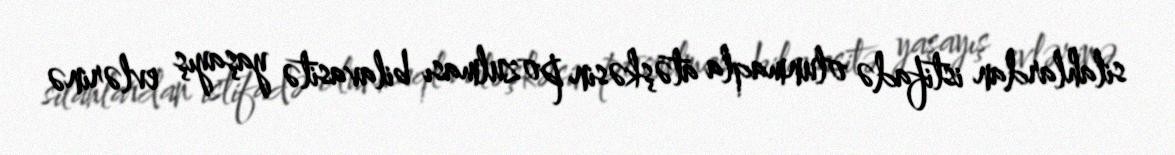
silahlardan istifadə olunmaqla atəşkəsin pozulması bilavasitə yaşayış evlərinə